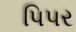
પિપર